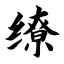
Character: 缭